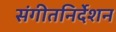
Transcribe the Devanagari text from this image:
संगीतनिर्देशन